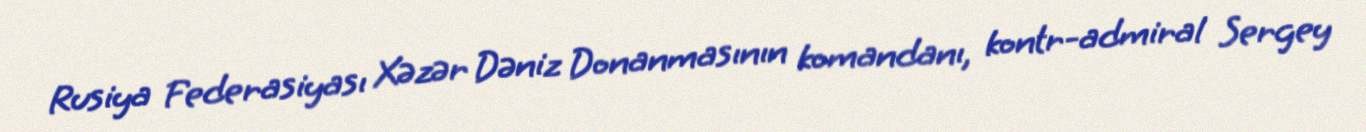
Rusiya Federasiyası Xəzər Dəniz Donanmasının komandanı, kontr-admiral Sergey